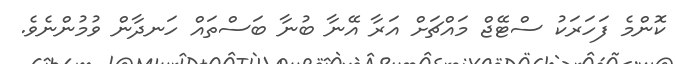
ކޮންމެ ފަހަރަކު ސްޓޭޖް މައްޗަށް އަރާ އޭނާ ބުނާ ބަސްތައް ހަނދާން ވުމުންނެވެ.